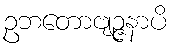
ဥဘတောဗျဉ္ဇနာပိ